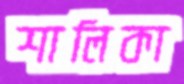
শালিকা